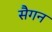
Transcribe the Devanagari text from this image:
सैगन